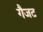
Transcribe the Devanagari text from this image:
गैजट